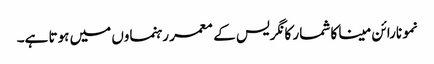
نمو نارائن مینا کا شمار کانگریس کے معمر رہنماوں میں ہوتا ہے۔